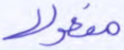
مفعولا